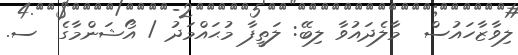
ލިވާޒާހައުސް  މާލެދައުވާ ލިބޭ: ލަތީފާ މުޙައްމަދު / އޯޝަންމާގެ  ސ.